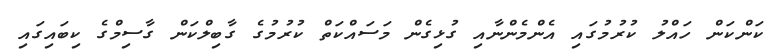
ކަންކަން ހައްލު ކުރުމުގައި އެންމެންނާއި ގުޅިގެން މަސައްކަތް ކުރުމުގެ ގާބިލްކަން ގާސިމްގެ ކިބައިގައި